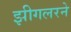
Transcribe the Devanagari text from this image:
झीगलरने